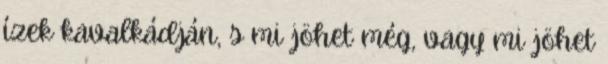
ízek kavalkádján, s mi jöhet még, vagy mi jöhet